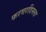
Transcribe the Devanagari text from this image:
फरवरदिनला